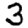
Digit: 3